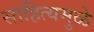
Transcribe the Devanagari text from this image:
साहित्यमुळे